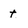
Character: t